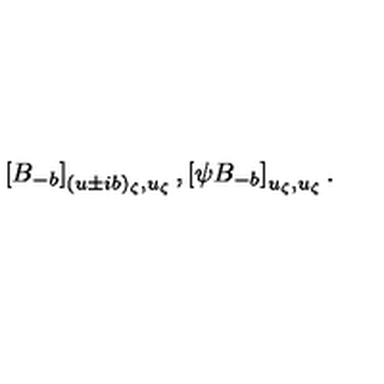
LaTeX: \left[ B _ { - b } \right] _ { ( u \pm i b ) _ { \zeta } , u _ { \zeta } } , \left[ \psi B _ { - b } \right] _ { u _ { \zeta } , u _ { \zeta } } .